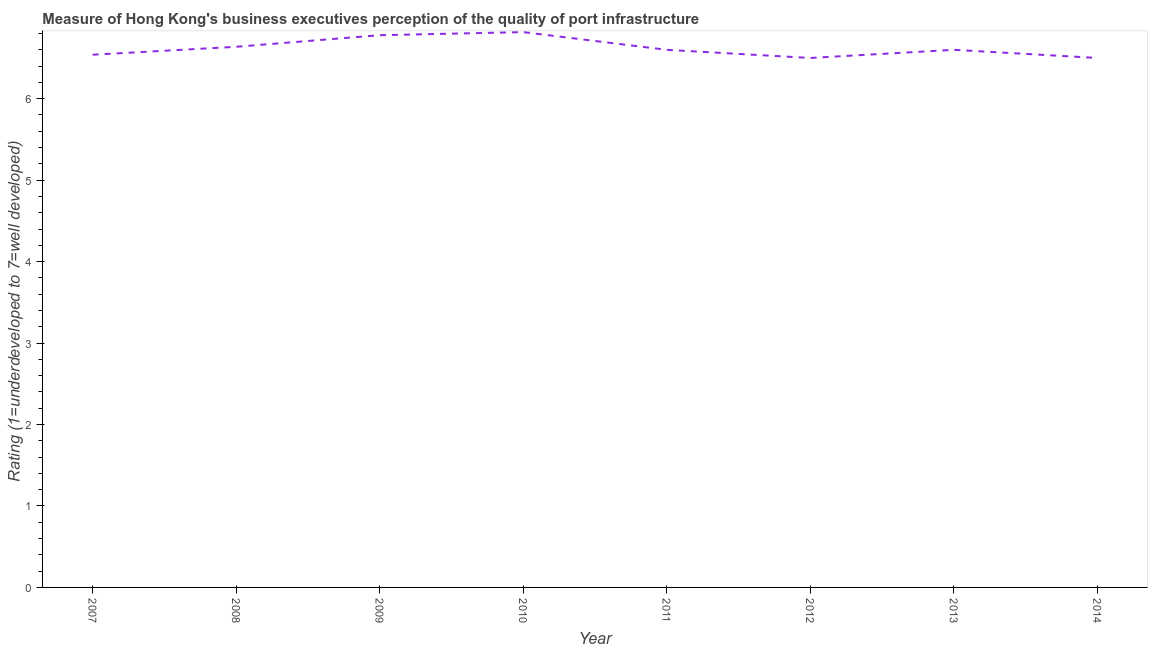
| Year | Quality of port infrastructure |
 | --- | --- |
 | 2007 | 6.54 |
 | 2008 | 6.64 |
 | 2009 | 6.78 |
 | 2010 | 6.82 |
 | 2011 | 6.6 |
 | 2012 | 6.5 |
 | 2013 | 6.6 |
 | 2014 | 6.5 |